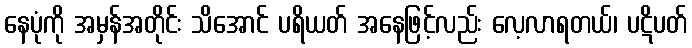
နေပုံကို အမှန်အတိုင်း သိအောင် ပရိယတ် အနေဖြင့်လည်း လေ့လာရတယ်၊ ပဋိပတ်